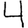
Digit: 4